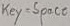
Text: key=space